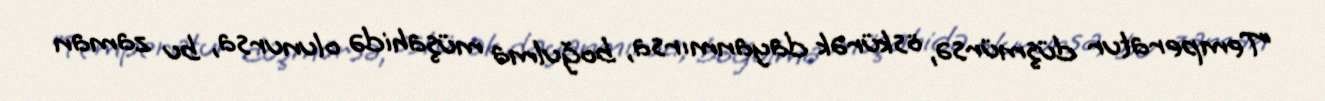
“Temperatur düşmürsə, öskürək dayanmırsa, boğulma müşahidə olunursa, bu zaman